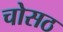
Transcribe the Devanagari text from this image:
चोसठ